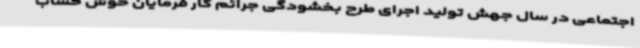
اجتماعی در سال جهش تولید اجرای طرح بخشودگی جرائم کار فرمایان خوش حساب